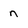
Character: n